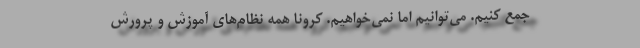
جمع کنیم. می‌توانیم اما نمی‌خواهیم. کرونا همه نظام‌های آموزش و پرورش